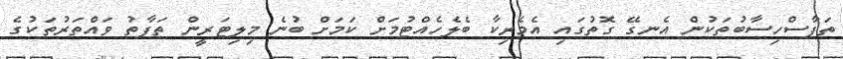
ތަފާސްހިސާބުތަކުން އެނގޭ ގޮތުގައި އެމެރިކާ ބެލެހެއްޓުމަށް ކަމަށް ބުނެ މިލިޓަރީން ތަފާތު ވައްތަރުތަކުގެ